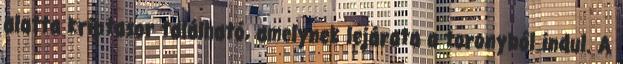
alatta kriptasor található, amelynek lejárata a toronyból indul. A